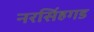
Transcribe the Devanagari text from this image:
नरसिंहगड